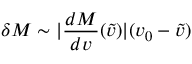
\delta M \sim | \frac { d M } { d v } ( \tilde { v } ) | ( v _ { 0 } - \tilde { v } )